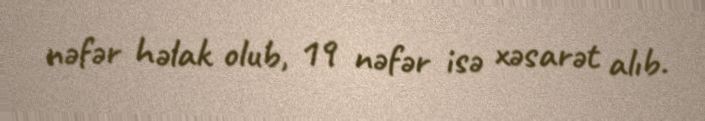
nəfər həlak olub, 19 nəfər isə xəsarət alıb.